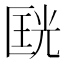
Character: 𱑇